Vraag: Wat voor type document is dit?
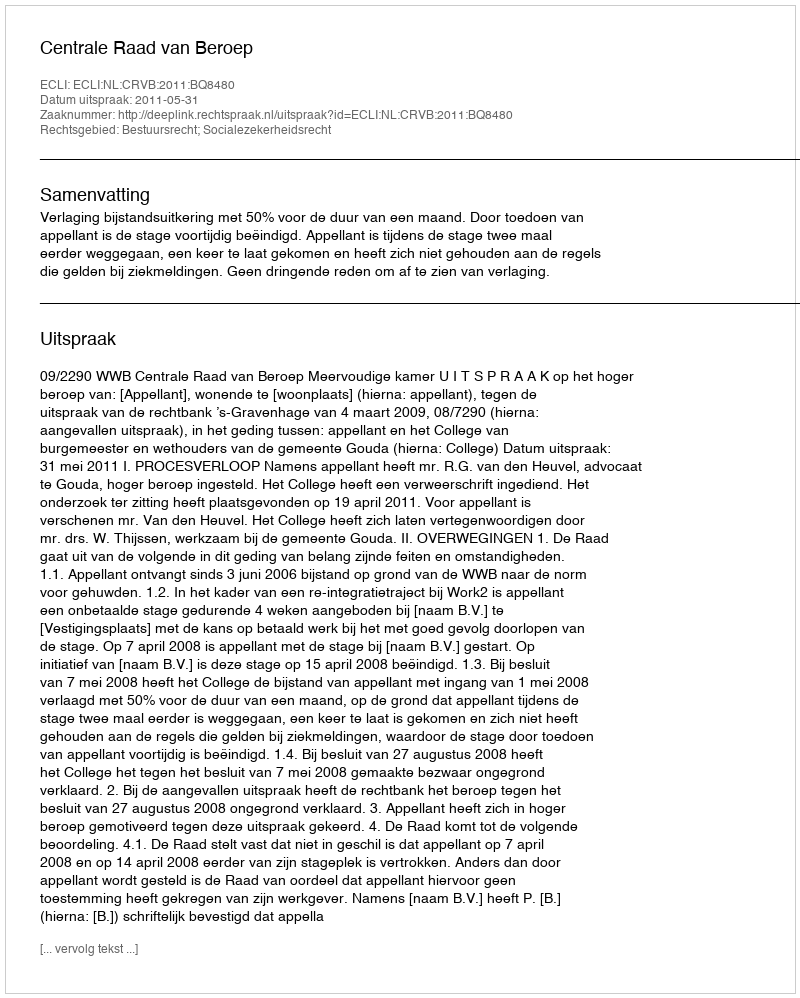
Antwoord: Uitspraak